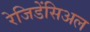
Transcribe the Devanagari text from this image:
रेजिडेंसिअल